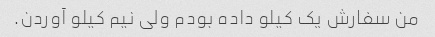
من سفارش یک کیلو داده بودم ولی نیم کیلو آوردن.